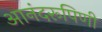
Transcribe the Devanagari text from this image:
आनंदरूपिणी